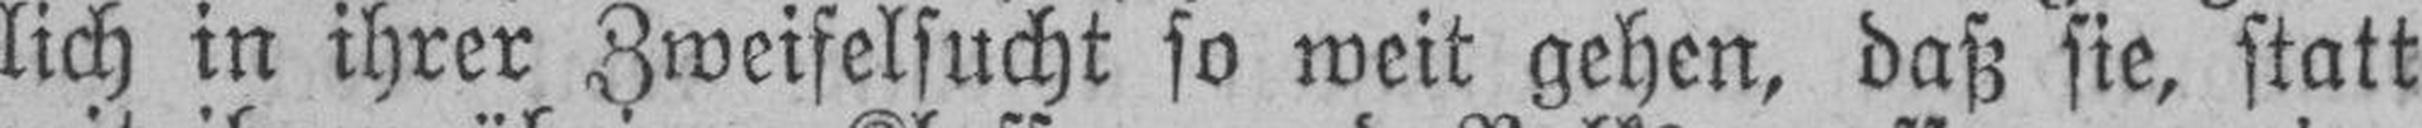
lich in ihrer Zweifelsucht so weit gehen, daß sie, statt